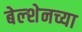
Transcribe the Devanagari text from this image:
बेल्शेनच्या